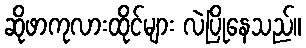
ဆိုဖာကုလားထိုင်များ လဲပြိုနေသည်။